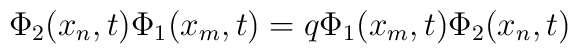
\Phi_{2}(x_{n},t)\Phi_{1}(x_{m},t)=q\Phi_{1}(x_{m},t)\Phi_{2}(x_{n},t)